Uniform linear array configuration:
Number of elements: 64
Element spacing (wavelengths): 0.75
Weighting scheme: exponential
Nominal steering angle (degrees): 60
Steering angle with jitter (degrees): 61.952
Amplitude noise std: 0.05
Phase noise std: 0.05

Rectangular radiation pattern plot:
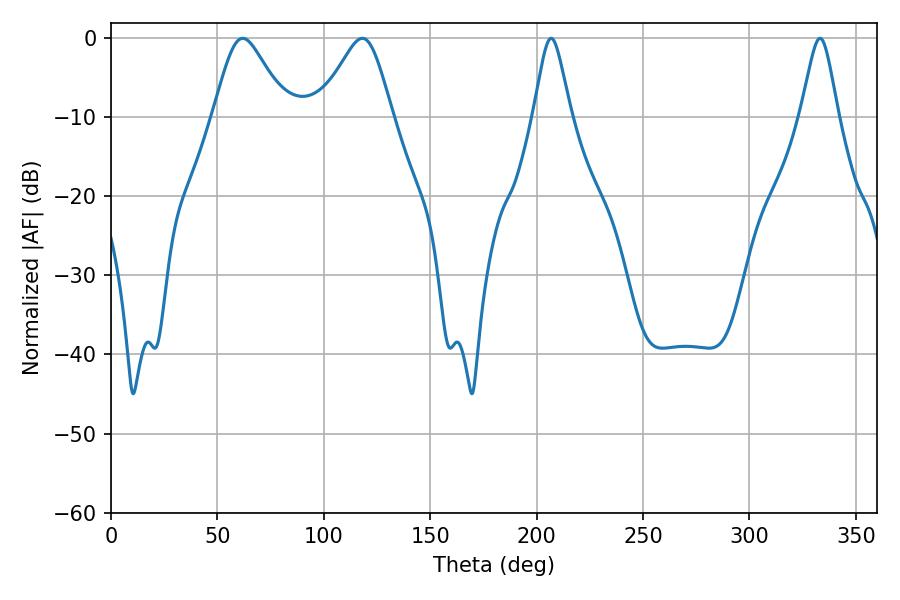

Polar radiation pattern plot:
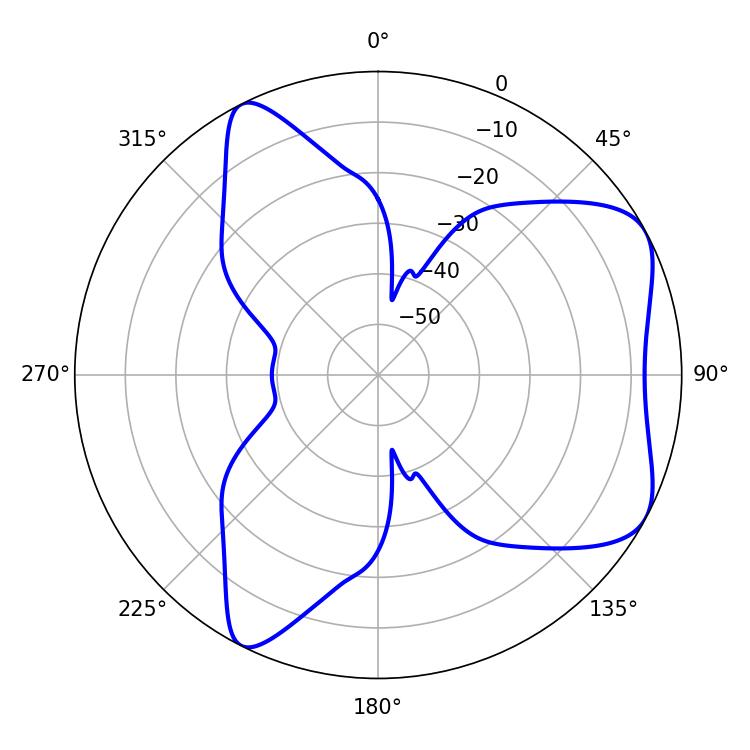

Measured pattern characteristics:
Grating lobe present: TRUE
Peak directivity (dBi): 6.145
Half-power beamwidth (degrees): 8.46
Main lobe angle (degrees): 206.82